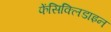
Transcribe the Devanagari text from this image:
फेंसिक्लिडाइन